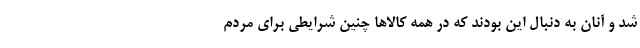
شد و آنان به دنبال این بودند که در همه کالاها چنین شرایطی برای مردم